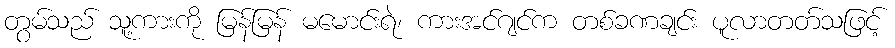
တွမ်သည် သူ့ကားကို မြန်မြန် မမောင်းရဲ၊ ကားအင်ဂျင်က တစ်ခဏချင်း ပူလာတတ်သဖြင့်